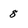
Character: 8